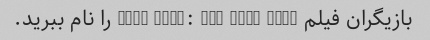
بازیگران فیلم Star Wars: The Last Jedi را نام ببرید.